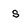
Character: s